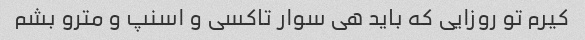
کیرم تو روزایی که باید هی سوار تاکسی و اسنپ و مترو بشم